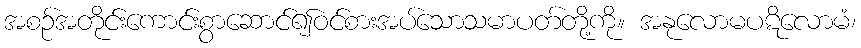
အစဉ်အတိုင်းကောင်းစွာဆောင်၍ဝင်စားအပ်သောသမာပတ်တို့ကို။ အနုလောမပဋိလောမံ၊